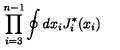
\prod _ { i = 3 } ^ { n - 1 } \oint d x _ { i } J _ { i } ^ { * } ( x _ { i } )